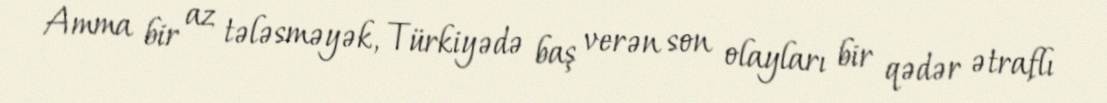
Amma bir az tələsməyək, Türkiyədə baş verən son olayları bir qədər ətraflı